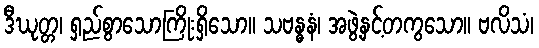
ဒီဃုတ္တ၊ ရှည်စွာသောကြိုးရှိသော။ သဗန္ဓနံ၊ အဖွဲ့နှင့်တကွသော။ ဗလိသံ၊